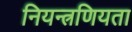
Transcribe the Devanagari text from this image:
नियन्त्रणियता